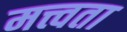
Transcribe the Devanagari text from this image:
मत्त्वता